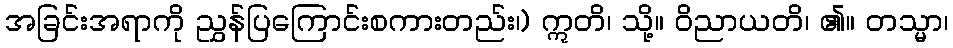
အခြင်းအရာကို ညွှန်ပြကြောင်းစကားတည်း၊) ဣတိ၊ သို့။ ဝိညာယတိ၊ ၏။ တသ္မာ၊